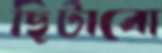
ছিটাবো